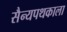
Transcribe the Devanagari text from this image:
सैन्यपथकाला